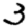
Digit: 3